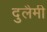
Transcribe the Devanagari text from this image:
दुलैमी